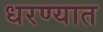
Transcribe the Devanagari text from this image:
धरण्‍यात